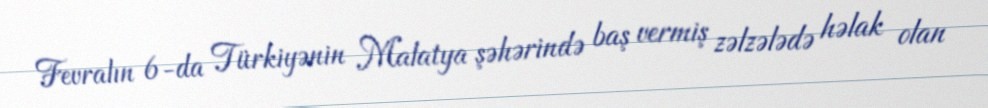
Fevralın 6-da Türkiyənin Malatya şəhərində baş vermiş zəlzələdə həlak olan